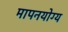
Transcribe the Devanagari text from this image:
मापनयोग्य